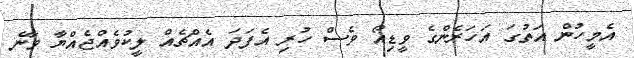
އެމީހުން އަތުގަ އަހަރެންގެ ވީޑިއޯ ވެސް ހުރި އެފަދަ އެއްޗެއް ލީކުވެއްޖެއްޔާ ވާނެ